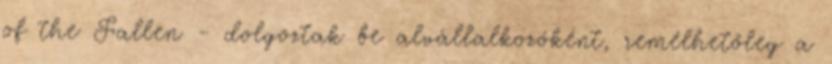
of the Fallen - dolgoztak be alvállalkozóként, remélhetőleg a